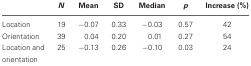
<table><thead><tr><td></td><td><b><i>N</i></b></td><td><b>Mean</b></td><td><b>SD</b></td><td><b>Median</b></td><td><b><i>p</i></b></td><td><b>Increase (%)</b></td></tr></thead><tbody><tr><td>Location</td><td>19</td><td>−0.07</td><td>0.33</td><td>−0.03</td><td>0.57</td><td>42</td></tr><tr><td>Orientation</td><td>39</td><td>0.04</td><td>0.20</td><td>0.01</td><td>0.27</td><td>54</td></tr><tr><td>Location and orientation</td><td>25</td><td>−0.13</td><td>0.26</td><td>−0.10</td><td>0.03</td><td>24</td></tr></tbody></table>